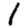
Digit: 1